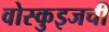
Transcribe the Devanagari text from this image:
वोस्कुइजची